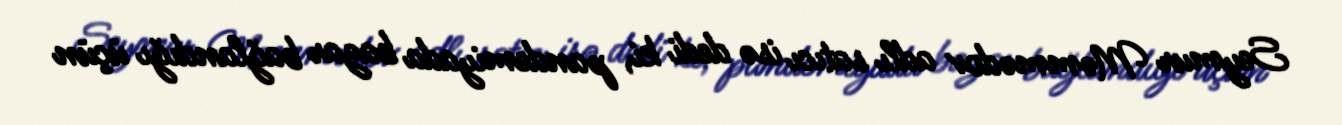
Seymur Məmmədov adlı satıcı isə dedi ki, pandemiyada bazar bağlandığı üçün